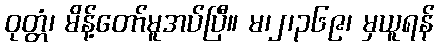
ဝုတ္တံ၊ မိန့်တော်မူအပ်ပြီ။ မ၊၂၊၃၆၉၊ မှယူရန်